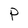
Character: r